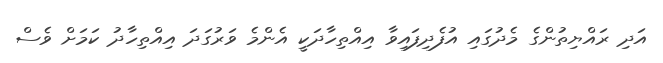
އަދި ރައްޔިތުންގެ މެދުގައި އުފެދިފައިވާ އިއްތިހާދަކީ އެންމެ ވަރުގަދަ އިއްތިހާދު ކަމަށް ވެސް